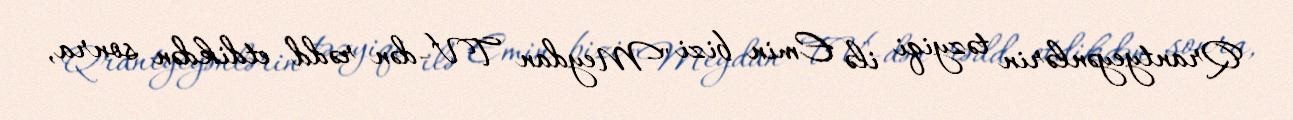
Qrantyeyənlərin təzyiqi ilə Emin bizi "Meydan TV"-dən rədd etdikdən sonra,